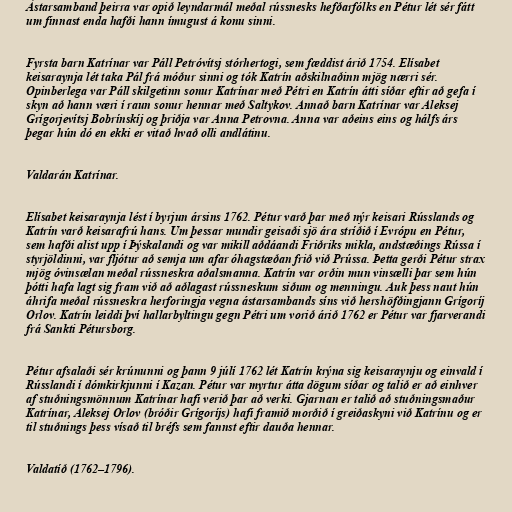
Ástarsamband þeirra var opið leyndarmál meðal rússnesks hefðarfólks en Pétur lét sér fátt
um finnast enda hafði hann ímugust á konu sinni.

Fyrsta barn Katrínar var Páll Petróvítsj stórhertogi, sem fæddist árið 1754. Elísabet
keisaraynja lét taka Pál frá móður sinni og tók Katrín aðskilnaðinn mjög nærri sér.
Opinberlega var Páll skilgetinn sonur Katrínar með Pétri en Katrín átti síðar eftir að gefa í
skyn að hann væri í raun sonur hennar með Saltykov. Annað barn Katrínar var Aleksej
Grígorjevítsj Bobrínskíj og þriðja var Anna Petrovna. Anna var aðeins eins og hálfs árs
þegar hún dó en ekki er vitað hvað olli andlátinu.

Valdarán Katrínar.

Elísabet keisaraynja lést í byrjun ársins 1762. Pétur varð þar með nýr keisari Rússlands og
Katrín varð keisarafrú hans. Um þessar mundir geisaði sjö ára stríðið í Evrópu en Pétur,
sem hafði alist upp í Þýskalandi og var mikill aðdáandi Friðriks mikla, andstæðings Rússa í
styrjöldinni, var fljótur að semja um afar óhagstæðan frið við Prússa. Þetta gerði Pétur strax
mjög óvinsælan meðal rússneskra aðalsmanna. Katrín var orðin mun vinsælli þar sem hún
þótti hafa lagt sig fram við að aðlagast rússneskum siðum og menningu. Auk þess naut hún
áhrifa meðal rússneskra herforingja vegna ástarsambands síns við hershöfðingjann Grígoríj
Orlov. Katrín leiddi því hallarbyltingu gegn Pétri um vorið árið 1762 er Pétur var fjarverandi
frá Sankti Pétursborg.

Pétur afsalaði sér krúnunni og þann 9 júlí 1762 lét Katrín krýna sig keisaraynju og einvald í
Rússlandi í dómkirkjunni í Kazan. Pétur var myrtur átta dögum síðar og talið er að einhver
af stuðningsmönnum Katrínar hafi verið þar að verki. Gjarnan er talið að stuðningsmaður
Katrínar, Aleksej Orlov (bróðir Grígoríjs) hafi framið morðið í greiðaskyni við Katrínu og er
til stuðnings þess vísað til bréfs sem fannst eftir dauða hennar.

Valdatíð (1762–1796).